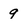
Character: 9